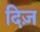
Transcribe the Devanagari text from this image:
दिज़